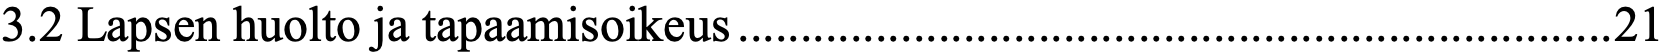
3.2 Lapsen huolto ja tapaamisoikeus ...................................................................... 21